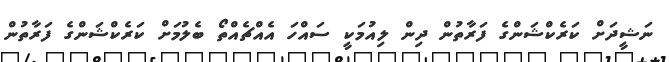
ނަޝީދަށް ކަރެކްޝަންގެ ފަރާތުން ދިން ލިއުމަކީ ސައްހަ އެއްޗެއްތޯ ބެލުމަށް ކަރެކްޝަންގެ ފަރާތުން